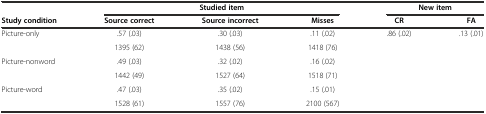
<table><thead><tr><td>[EMPTY_CELL]</td><td colspan="3"><b>Studied item</b></td><td colspan="2"><b>New item</b></td></tr><tr><td><b>Study condition</b></td><td><b>Source correct</b></td><td><b>Source incorrect</b></td><td><b>Misses</b></td><td><b>CR</b></td><td><b>FA</b></td></tr></thead><tbody><tr><td rowspan="2">Picture-only</td><td>.57 (.03)</td><td>.30 (.03)</td><td>.11 (.02)</td><td rowspan="5">.86 (.02)</td><td rowspan="5">.13 (.01)</td></tr><tr><td>1395 (62)</td><td>1438 (56)</td><td>1418 (76)</td></tr><tr><td rowspan="2">Picture-nonword</td><td>.49 (.03)</td><td>.32 (.02)</td><td>.16 (.02)</td></tr><tr><td>1442 (49)</td><td>1527 (64)</td><td>1518 (71)</td></tr><tr><td rowspan="2">Picture-word</td><td>.47 (.03)</td><td>.35 (.02)</td><td>.15 (.01)</td></tr><tr><td>1528 (61)</td><td>1557 (76)</td><td>2100 (567)</td><td>[EMPTY_CELL]</td><td>[EMPTY_CELL]</td></tr></tbody></table>